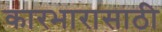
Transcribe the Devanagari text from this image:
कारभारासाठी